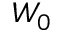
W _ { 0 }